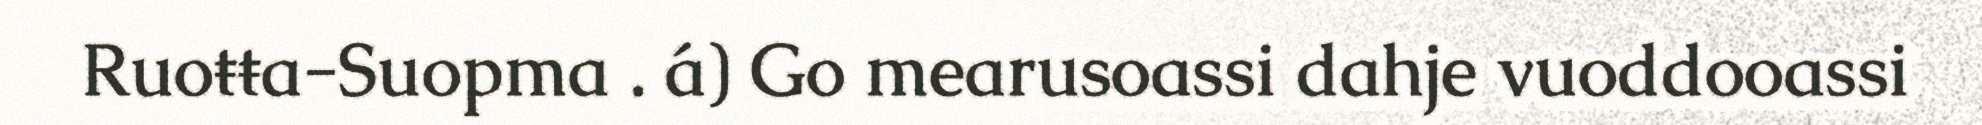
Ruoŧŧa-Suopma . á) Go mearusoassi dahje vuoddooassi